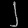
Digit: ၂